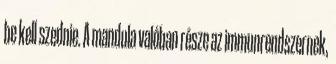
be kell szednie. A mandula valóban része az immunrendszernek,